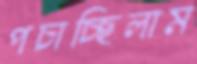
পচাচ্ছিলাম